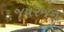
જયરજન